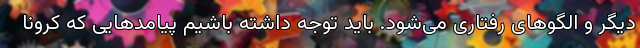
دیگر و الگوهای رفتاری می‌شود. باید توجه داشته باشیم پیامدهایی که کرونا